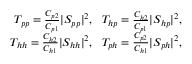
\begin{array} { r l r } & { } & { T _ { p p } = \frac { C _ { p 2 } } { C _ { p 1 } } \vert S _ { p p } \vert ^ { 2 } , ~ ~ T _ { h p } = \frac { C _ { h 2 } } { C _ { p 1 } } \vert S _ { h p } \vert ^ { 2 } , } \\ & { } & { T _ { h h } = \frac { C _ { h 2 } } { C _ { h 1 } } \vert S _ { h h } \vert ^ { 2 } , ~ ~ T _ { p h } = \frac { C _ { p 2 } } { C _ { h 1 } } \vert S _ { p h } \vert ^ { 2 } , } \end{array}